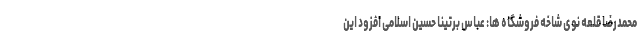
محمدرضا قلعه نوی شاخه فروشگاه ها: عباس برتینا حسین اسلامی افزود این